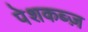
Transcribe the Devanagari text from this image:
पेशकब्ज़